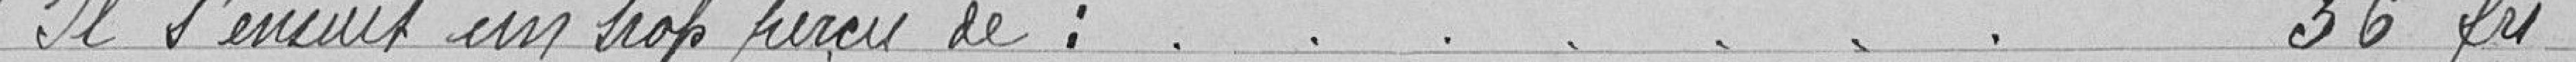
Il s'inscrit un trop perçu de : 36 francs.